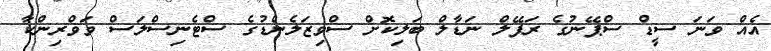
އެއް ވަނަ ސީޑް ސްޕޭނުގެ ރަފޭލް ނަޑާލް ބަލިކޮށް ސްވިޒަލެންޑުގެ ސްޓެނިސްލަސް ވަވްރިންކާ